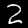
Digit: 2